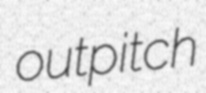
outpitch